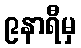
၉နာရီမှ